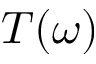
T ( \omega )